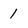
Character: 1